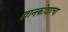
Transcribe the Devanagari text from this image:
ज्ञानकोशाचा